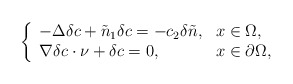
\begin{align*}\left\{\begin{array}{ll}-\Delta \delta c+\tilde{n}_{1}\delta c =-c_{2}\delta\tilde{n}, &x\in\Omega,\\\nabla \delta c\cdot \nu+\delta c=0, &x\in\partial\Omega,\end{array}\right.\end{align*}